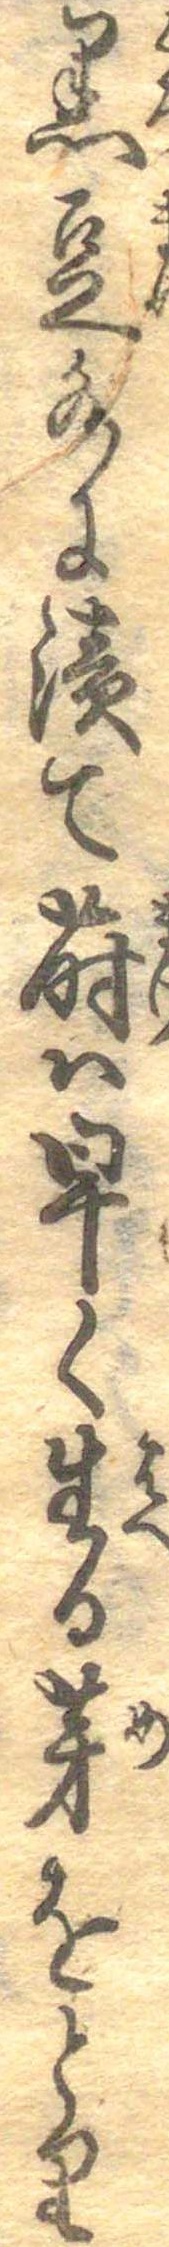
黒豆水に漬て蒔は早く生る芽をとり